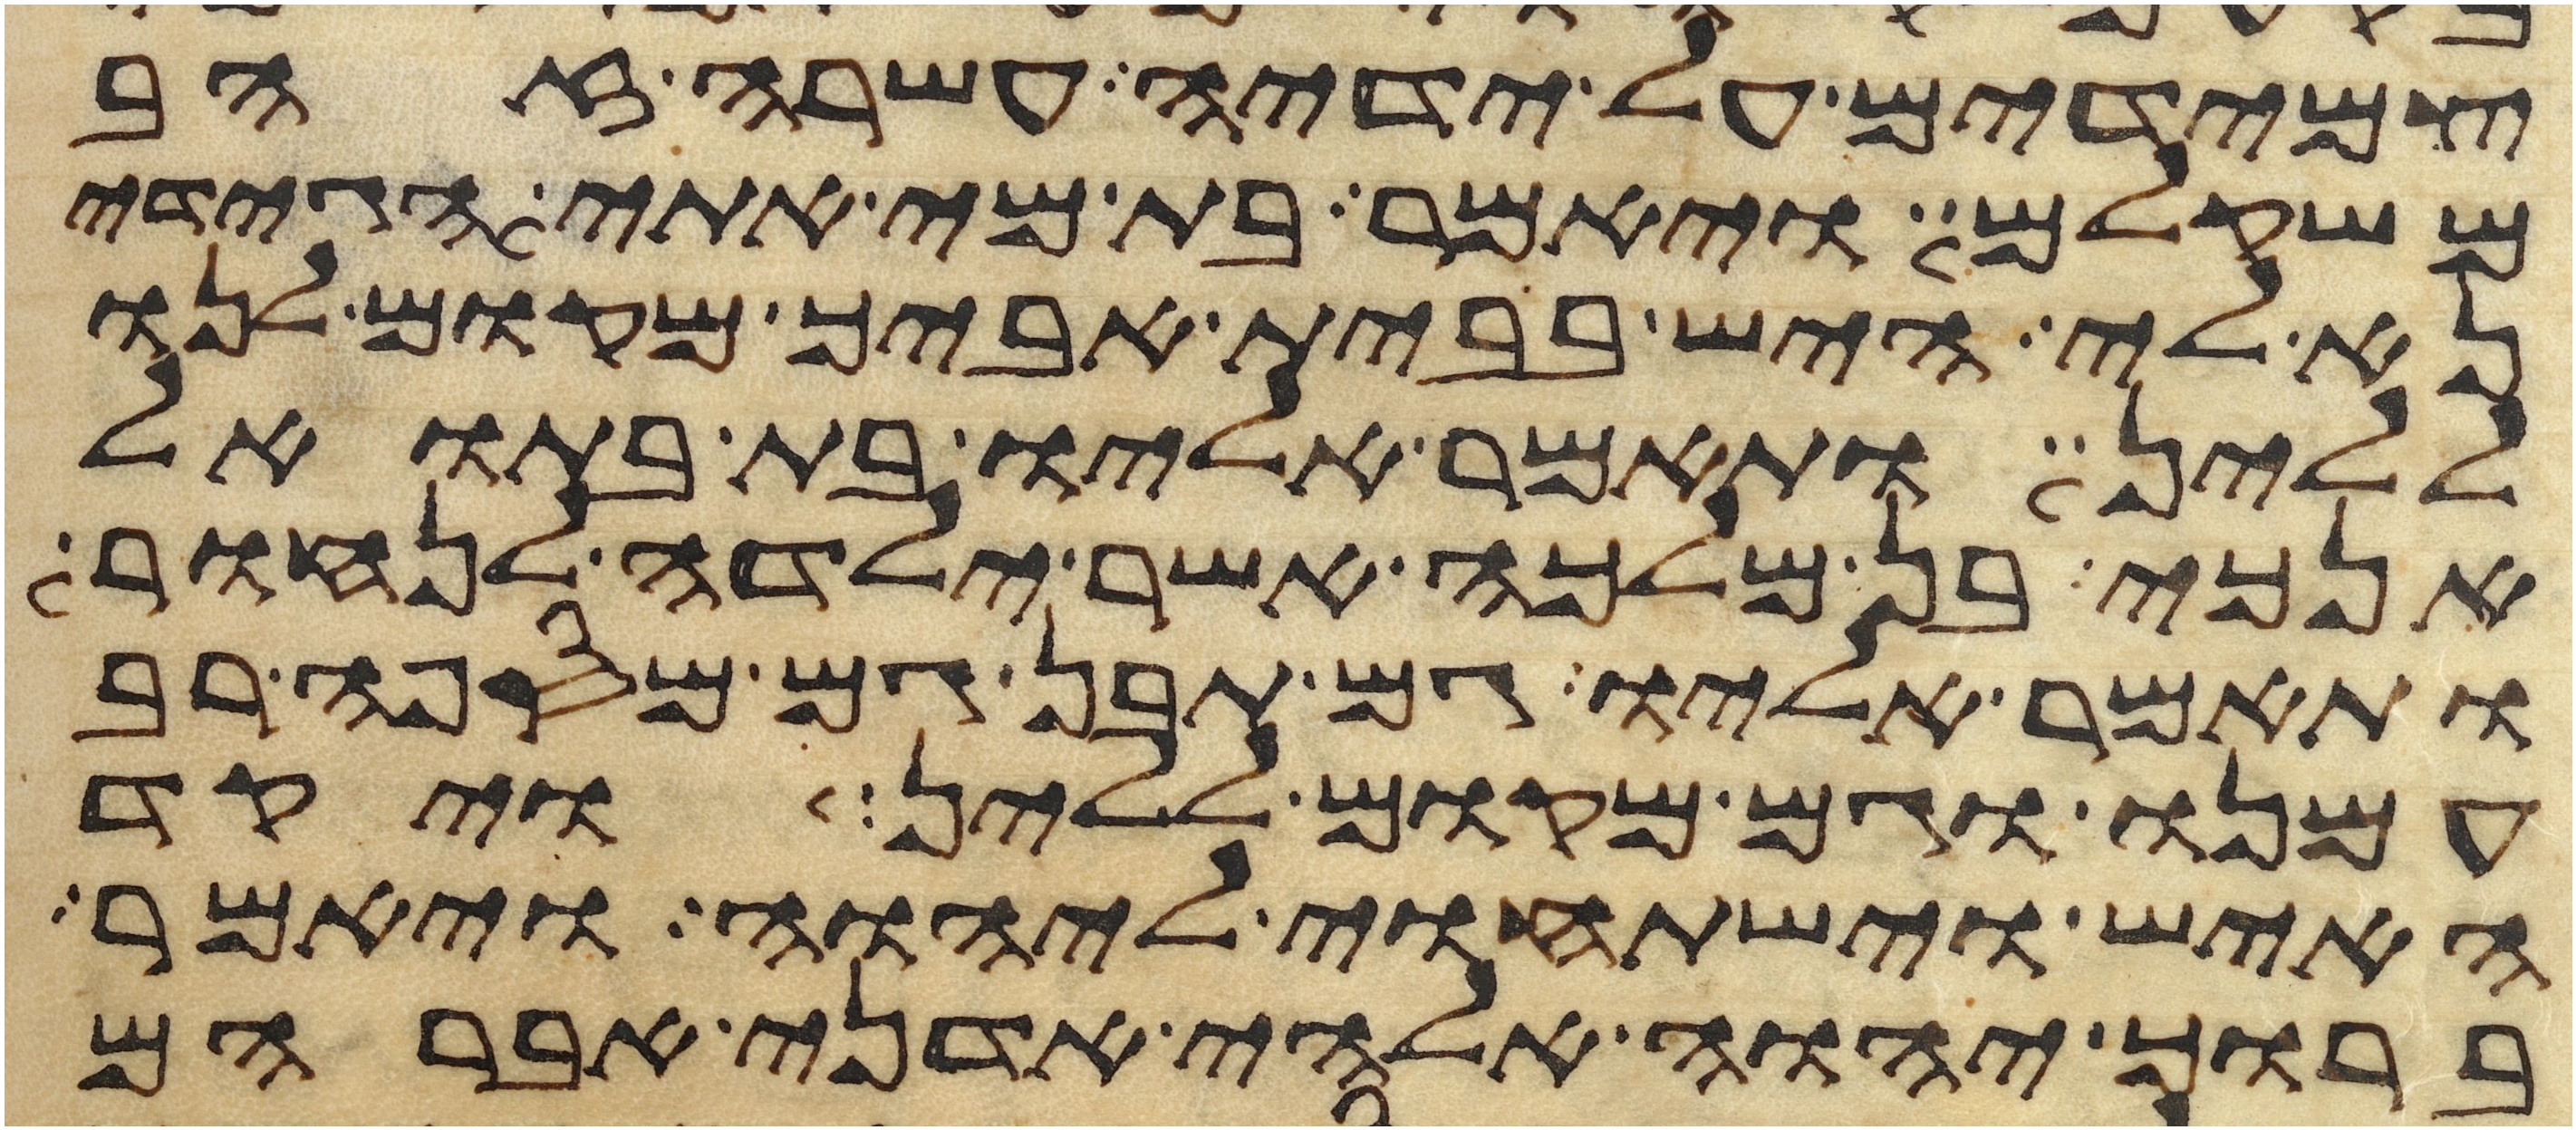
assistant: צמידים על ידיה עשרה זהב
משקלם ויאמר בת מי אתי הגידי
נא לי היש בבית אביך מקום לנו
ללין ותאמר אליו בת בתואל
אנכי בן מלכה אשר ילדה לנחור
ותאמר אליו גם תבן גם מספה רב
עמנו וגם מקום ללין ויקד
האיש וישתחוי ליהוה ויאמר
ברוך יהוה אלהי אדני אברהם